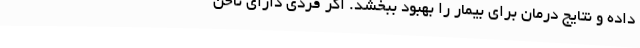
داده و نتایج درمان برای بیمار را بهبود ببخشد. اگر فردی دارای ناخن